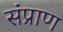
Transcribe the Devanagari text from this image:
संप्राण